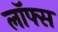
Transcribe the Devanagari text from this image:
लॉफ्स